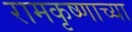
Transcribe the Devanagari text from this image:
रामकृष्णाच्या